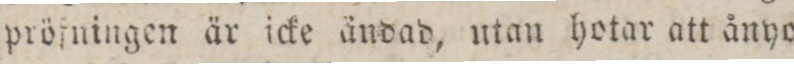
pröſningen är icke ändad, utan hotar att ånyo